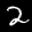
Label: 2